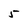
Character: 5